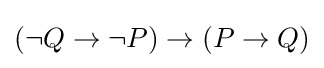
(\neg Q\to \neg P)\to (P\to Q)